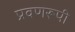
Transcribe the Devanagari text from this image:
प्रवणरूपी